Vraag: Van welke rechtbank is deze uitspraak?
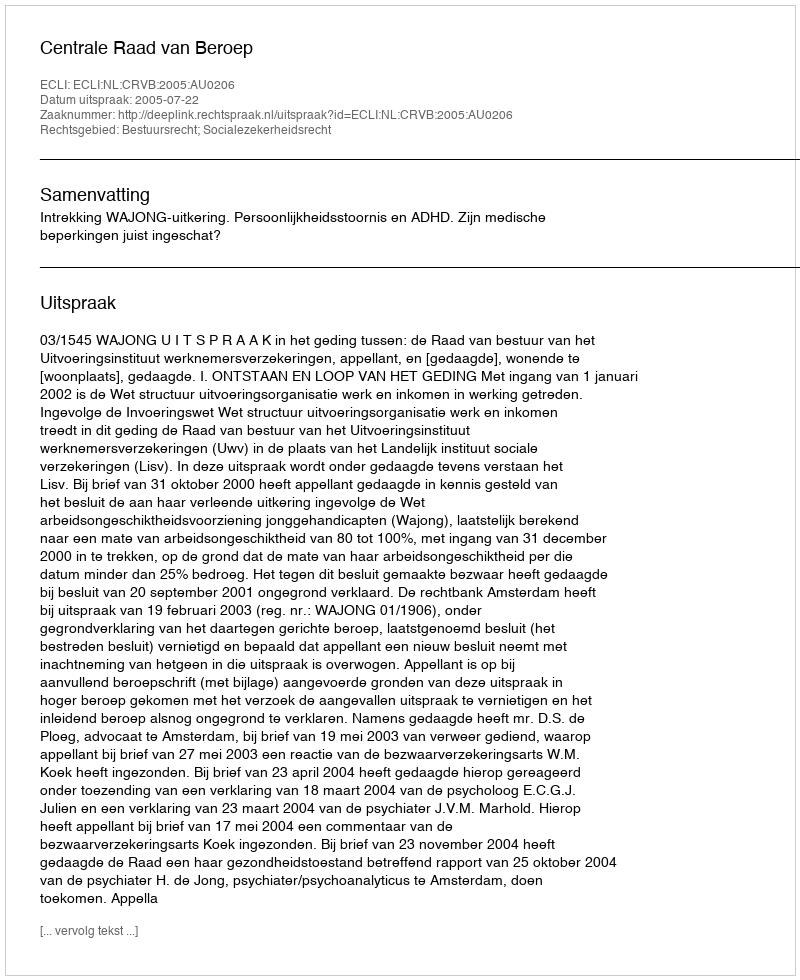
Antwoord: Centrale Raad van Beroep